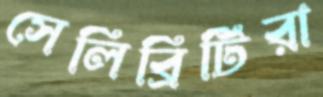
সেলিব্রিটিরা